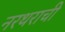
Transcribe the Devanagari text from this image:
नरथराची